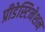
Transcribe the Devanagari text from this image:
प्रीडेस्टिनेशन